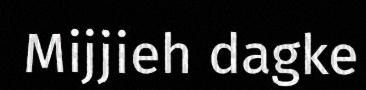
Mijjieh dagke